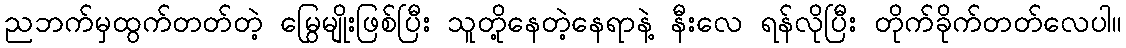
ညဘက်မှထွက်တတ်တဲ့ မြွေမျိုးဖြစ်ပြီး သူတို့နေတဲ့နေရာနဲ့ နီးလေ ရန်လိုပြီး တိုက်ခိုက်တတ်လေပါ။